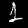
Label: 1